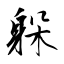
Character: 躲